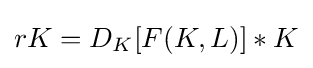
rK=D_{K}[F(K,L)]*K